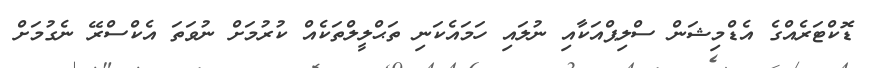
ޑޮކްޓަރެއްގެ އެޑްމިޝަން ސްލިޕްއަކާއި ނުލައި ހަމައެކަނި ތަޙްލީލްތަކެއް ކުރުމަށް ނުވަތަ އެކްސްރޭ ނެގުމަށް